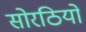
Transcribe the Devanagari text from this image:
सोरठियो